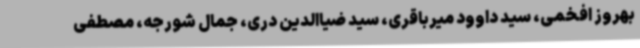
بهروز افخمی، سید داوود میرباقری، سید ضیاالدین دری، جمال شورجه، مصطفی